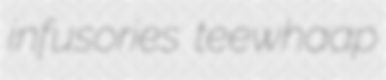
infusories teewhaap